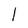
Character: 1